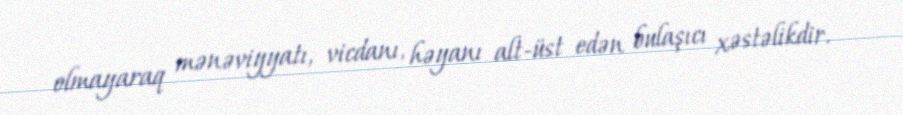
olmayaraq mənəviyyatı, vicdanı, həyanı alt-üst edən bulaşıcı xəstəlikdir.